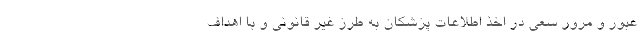
عبور و مرور سعی در اخذ اطلاعات پزشکان به طرز غیر قانونی و با اهداف